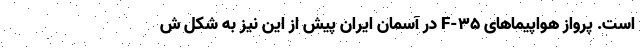
است. پرواز هواپیماهای F-35 در آسمان ایران پیش از این نیز به شکل ش